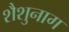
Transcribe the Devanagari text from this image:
शैशुनाग